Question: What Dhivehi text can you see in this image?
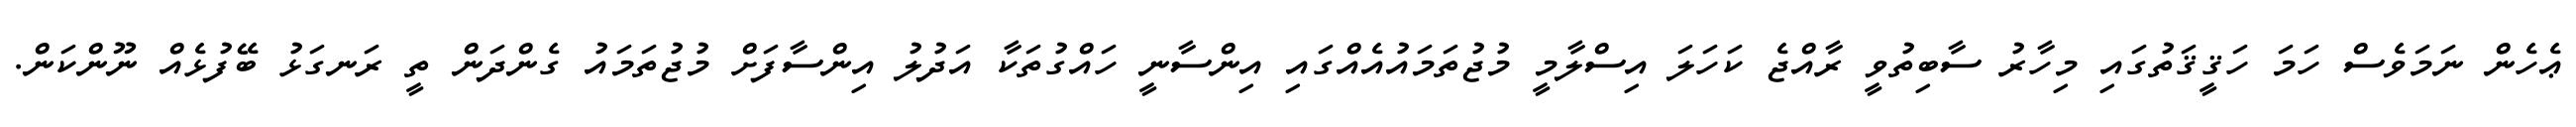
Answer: ޢެހެން ނަމަވެސް ހަމަ ހަޤީޤަތުގައި މިހާރު ސާބިތުވީ ރާއްޖެ ކަހަލަ އިސްލާމީ މުޖުތަމައުއެއްގައި އިންސާނީ ހައްގުތަކާ އަދުލު އިންސާފަށް މުޖުތަމައު ގެންދަން ތީ ރަނގަޅު ބޭފުޅެއް ނޫންކަން.